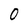
Character: 0